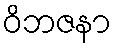
ဝိဘဇနာ